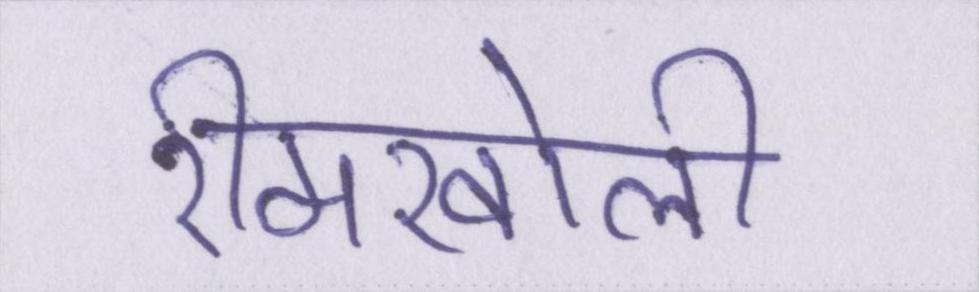
रीमखोली